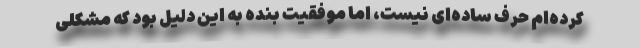
کرده‌ام حرف ساده‌ای نیست، اما موفقیت بنده به این دلیل بود که مشکلی